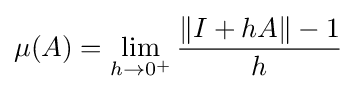
\mu (A)=\lim \limits _{h\rightarrow 0^{+}}{\frac {\|I+hA\|-1}{h}}